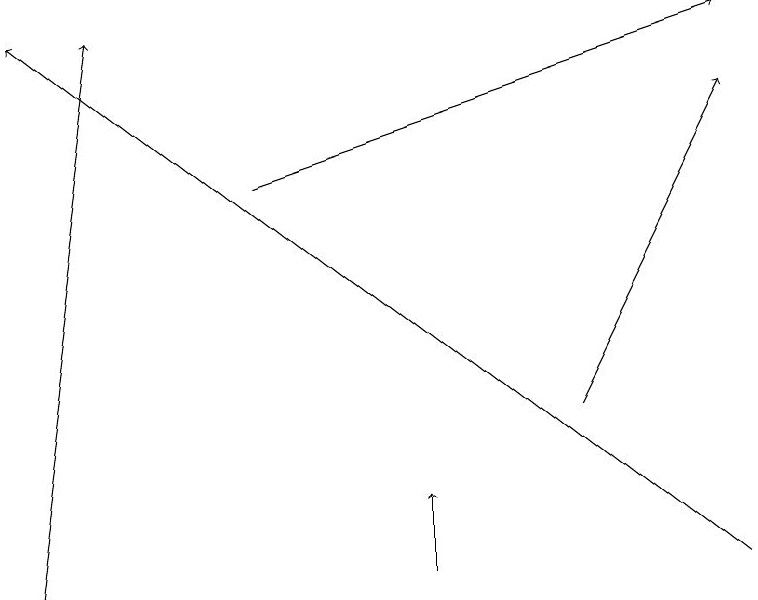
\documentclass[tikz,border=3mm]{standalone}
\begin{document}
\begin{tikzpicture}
\draw[->] (7,14) -- (9,18);
\draw[->] (5,12) -- (5,13);
\draw[->] (0,12) -- (1,19);
\draw[->] (9,12) -- (0,19);
\draw[->] (3,17) -- (9,19);
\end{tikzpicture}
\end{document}